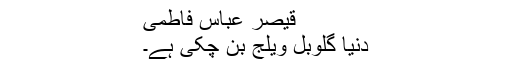
قیصر عباس فاطمی
دنیا گلوبل ویلج بن چکی ہے۔